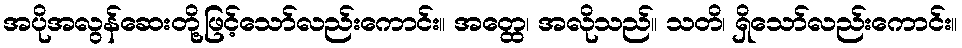
အပိုအလွန်ဆေးတို့ဖြင့်သော်လည်းကောင်း။ အတ္ထေ၊ အလိုသည်။ သတိ၊ ရှိသော်လည်းကောင်း။